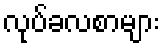
လုပ်ခလစာများ